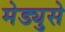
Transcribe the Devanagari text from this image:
मेड्युसे